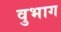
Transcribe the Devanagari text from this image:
वुभाग